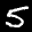
Label: 5